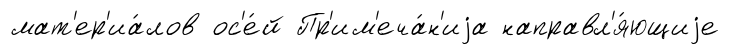
мат'ер'иа́лов ос'е́й Пр'им'еча́н'иjа направл'я́ющиjе